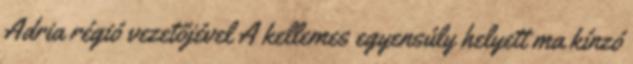
Adria régió vezetőjével A kellemes egyensúly helyett ma kínzó